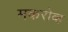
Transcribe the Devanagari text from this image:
मकरोव्ह